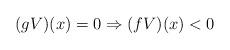
LaTeX: \begin{align*} (gV)(x )=0\Rightarrow (fV)(x )<0 \end{align*}